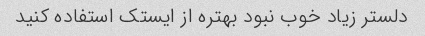
دلستر زیاد خوب نبود بهتره از ایستک استفاده کنید